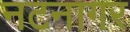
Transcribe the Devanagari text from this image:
नटनागर